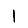
Digit: 1